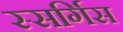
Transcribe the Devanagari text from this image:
स्सर्गिस